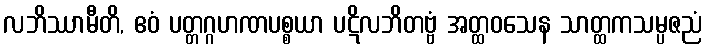
လဘိဿာမီတိ, ဧဝံ ပတ္တဂ္ဂဟဏပစ္စယာ ပဋိလဘိတဗ္ဗံ အတ္ထဝသေန သာတ္ထကသမ္ပဇညံ